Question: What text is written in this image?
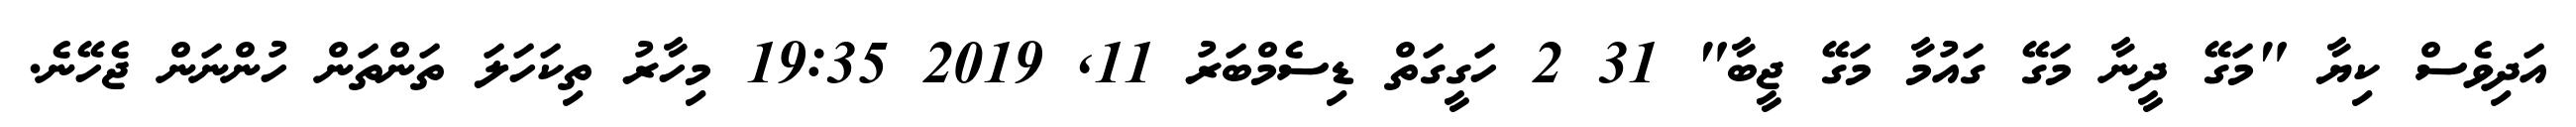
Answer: އަދިވެސް ކިޔާ "މަގޭ ދީނާ މަގޭ ގައުމާ މަގޭ ޖީބާ" 31 2 ހަގީގަތް ޑިސެމްބަރު 11, 2019 19:35 މިހާރު ތިކަހަލަ ތަންތަން ހުންނަން ޖެހޭނެ.